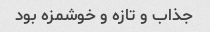
جذاب و تازه و خوشمزه بود